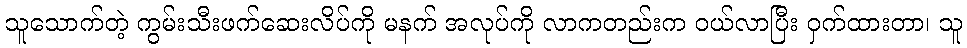
သူသောက်တဲ့ ကွမ်းသီးဖက်ဆေးလိပ်ကို မနက် အလုပ်ကို လာကတည်းက ဝယ်လာပြီး ဝှက်ထားတာ၊ သူ